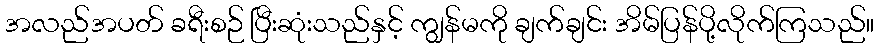
အလည်အပတ် ခရီးစဉ် ပြီးဆုံးသည်နှင့် ကျွန်မကို ချက်ချင်း အိမ်ပြန်ပို့လိုက်ကြသည်။